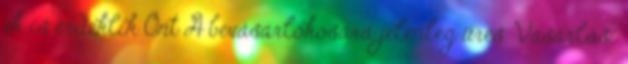
ek is érdeklik Önt A bevásárlókosara jelenleg üres. Vásárlási